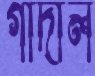
গাঁদাল